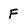
Character: F